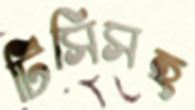
টিসিসহ